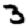
Digit: 3